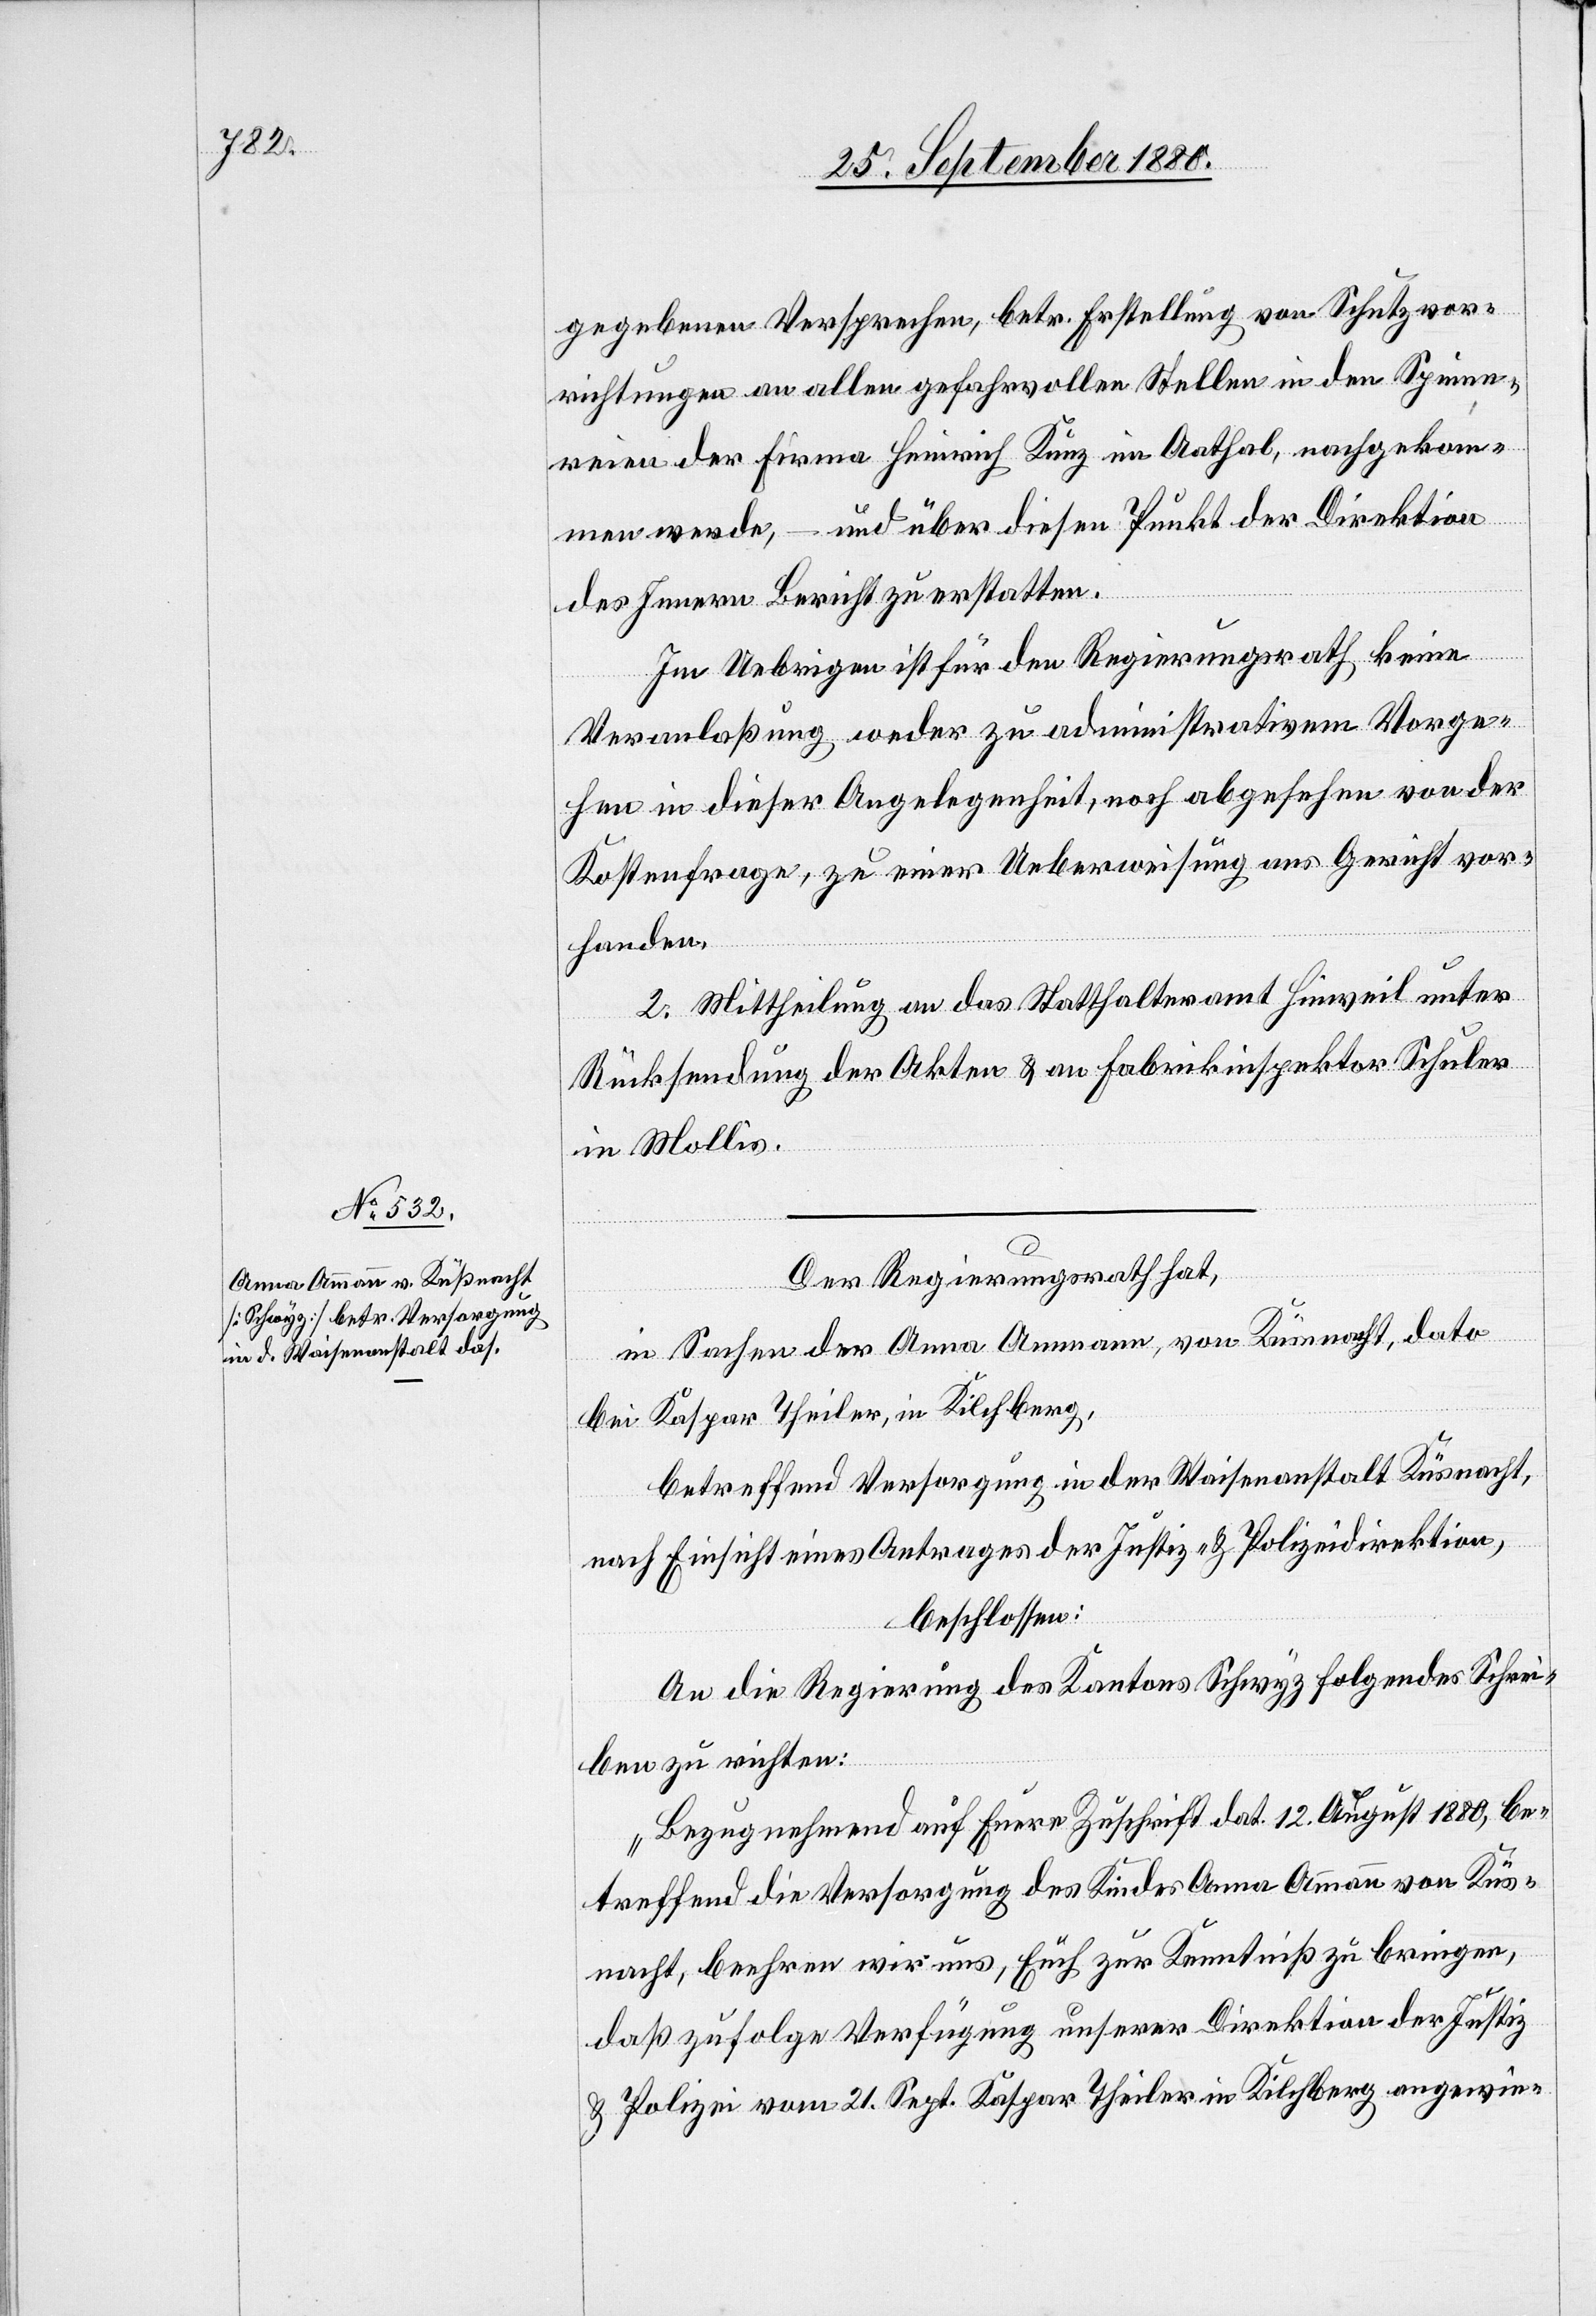
gegebenen Versprechen, betr. Erstellung von Schutzvor¬
richtungen an allen gefahrvollen Stellen in den Spinne¬
reien der Firma Heinrich Kunz im Aathal, nachgekom¬
men werde, und über diesen Punkt der Direktion
des Innern Bericht zu erstatten.
Im Uebrigen ist für den Regierungsrath keine
Veranlaßung weder zu administrativem Vorge¬
hen in dieser Angelegenheit, noch abgesehen von der
Kostenfrage, zu einer Ueberweisung ans Gericht vor¬
handen.
2. Mittheilung an das Statthalteramt Hinweil unter
Rücksendung der Akten & an Fabrikinspektor Schuler
in Mollis.
Der Regierungsrath hat,
in Sachen der Anna Ammann, von Küssnacht, dato
bei Kaspar Theiler, in Kilchberg,
betreffend Versorgung in der Waisenanstalt Küssnacht,
nach Einsicht eines Antrages der Justiz- & Polizeidirektion,
beschlossen:
An die Regierung des Kantons Schwyz ist folgendes Schrei¬
ben zu richten:
„Bezugnehmend auf Eure Zuschrift dat. 12. August 1880, be¬
treffend die Versorgung des Kindes Anna Ammann von Küs¬
snacht, beehren wir uns Euch zur Kenntniß zu bringen,
daß zu folge Verfügung unserer Direktion der Justiz-
& Polizei vom 21. Sept. Kaspar Theiler in Kilchberg angewie-